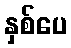
နှစ်ပေ